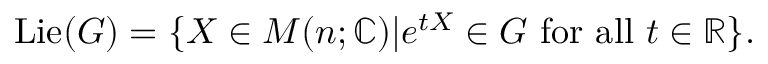
\operatorname { L i e } ( G ) = \{ X \in M ( n ; \mathbb { C } ) | e ^ { t X } \in G { \mathrm { ~ f o r ~ a l l ~ } } t \in \mathbb { \mathbb { R } } \} .